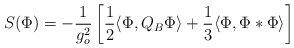
\begin{align*}S(\Phi)=-\frac{1}{g_o^2}\left[\frac{1}{2}\langle\Phi,Q_B\Phi\rangle+\frac{1}{3}\langle\Phi,\Phi *\Phi\rangle\right] \end{align*}